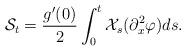
LaTeX: \begin{align*}\mathcal{S}_t = \frac{ g^\prime (0) }{2} \int_0^t \mathcal{X}_s (\partial_x^2 \varphi ) ds .\end{align*}